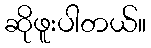
ဆိုဖူးပါတယ်။